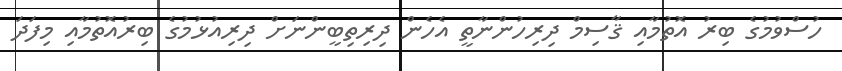
ހުސްވުމުގެ ބިރު އޮތުމާއި ޤާސިމް ދިރިހުންނާތީ އެހެން ދިރިތިބީންނަށް ދިރިއުޅުމުގެ ބިރުއޮތުމާއި މިފަދަ